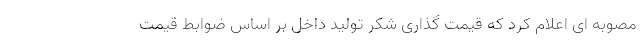
مصوبه ای اعلام کرد که قیمت گذاری شکر تولید داخل بر اساس ضوابط قیمت